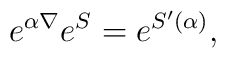
e^{\alpha\nabla}e^{S}=e^{S^\prime(\alpha)},